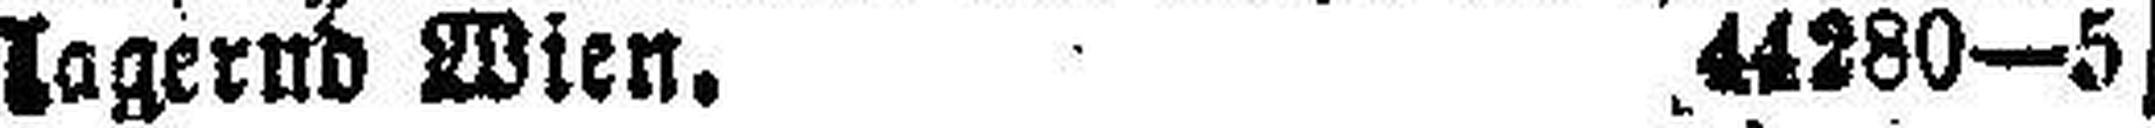
lagernd Wien. 44280—5